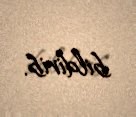
bildirib.